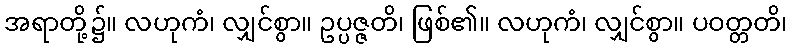
အရာတို့၌။ လဟုကံ၊ လျှင်စွာ။ ဥပ္ပဇ္ဇတိ၊ ဖြစ်၏။ လဟုကံ၊ လျှင်စွာ။ ပဝတ္တတိ၊